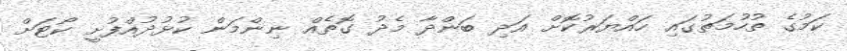
ކަމުގެ ތުހުމަތުގައި ހައްޔަރުކޮށް އަދި ބަންދާ މެދު ގޮތެއް ނިންމަން ކުޅުދުއްފުށީ ކޯޓަށް